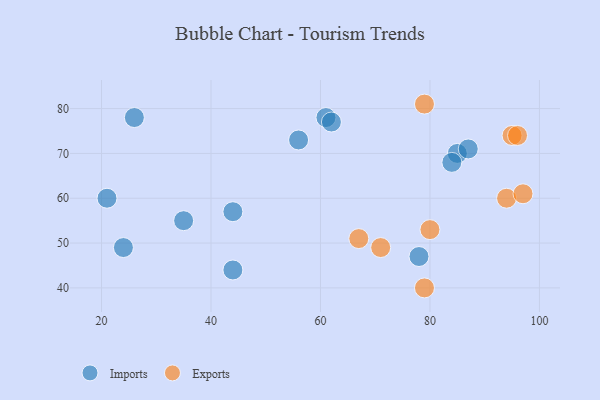
{"axis": {"x": "GDP", "y": "Life Expectancy"}, "legend": ["Exports", "Imports"], "data": [{"x": "24", "y": 49, "type": "Imports"}, {"x": "61", "y": 78, "type": "Imports"}, {"x": "26", "y": 78, "type": "Imports"}, {"x": "78", "y": 47, "type": "Imports"}, {"x": "62", "y": 77, "type": "Imports"}, {"x": "85", "y": 70, "type": "Imports"}, {"x": "35", "y": 55, "type": "Imports"}, {"x": "44", "y": 44, "type": "Imports"}, {"x": "44", "y": 57, "type": "Imports"}, {"x": "87", "y": 71, "type": "Imports"}, {"x": "84", "y": 68, "type": "Imports"}, {"x": "56", "y": 73, "type": "Imports"}, {"x": "21", "y": 60, "type": "Imports"}, {"x": "67", "y": 51, "type": "Exports"}, {"x": "71", "y": 49, "type": "Exports"}, {"x": "94", "y": 60, "type": "Exports"}, {"x": "80", "y": 53, "type": "Exports"}, {"x": "97", "y": 61, "type": "Exports"}, {"x": "95", "y": 74, "type": "Exports"}, {"x": "79", "y": 81, "type": "Exports"}, {"x": "79", "y": 40, "type": "Exports"}, {"x": "96", "y": 74, "type": "Exports"}]}